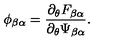
\phi _ { \beta \alpha } = \frac { \partial _ { \theta } F _ { \beta \alpha } } { \partial _ { \theta } \Psi _ { \beta \alpha } } .